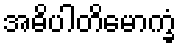
အဓိပါတိမောက္ခံ